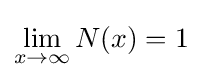
\lim _{x\to \infty }N(x)=1